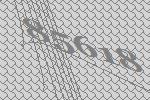
85618